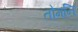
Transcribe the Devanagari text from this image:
तोमनि